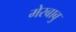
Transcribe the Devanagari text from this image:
मेरबाबु